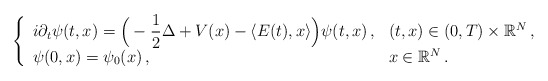
\begin{align*} \left\lbrace \begin{array}{ll}\displaystyle i \partial_t \psi(t,x) = \Big( - \frac{1}{2} \Delta + V(x) - \langle E(t) , x \rangle \Big) \psi(t,x)\,, & (t,x) \in (0,T)\times\mathbb{R}^N\,, \\\displaystyle \psi(0,x)=\psi_0(x)\,, & x \in \mathbb{R}^N\,.\end{array}\right.\end{align*}